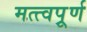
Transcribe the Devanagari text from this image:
मत्त्वपूर्र्ण